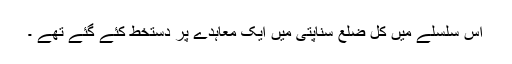
اس سلسلے میں کل ضلع سناپتی میں ایک معاہدے پر دستخط کئے گئے تھے ۔